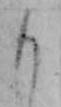
も